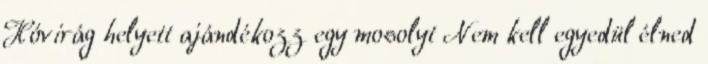
Hóvirág helyett ajándékozz egy mosolyt Nem kell egyedül élned